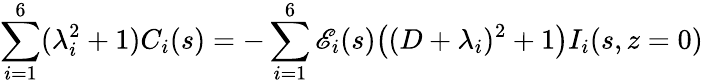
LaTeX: \sum_{i=1}^{6}(\lambda_{i}^{2}+1)C_{i}(s)=-\sum_{i=1}^{6}\mathscr{E}_{i}(s)\big((D+\lambda_{i})^{2}+1\big)I_{i}(s,z=0)